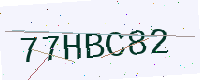
Text: 77HBC82